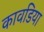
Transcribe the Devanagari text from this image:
कावडिया